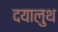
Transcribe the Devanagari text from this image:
दयालुथ